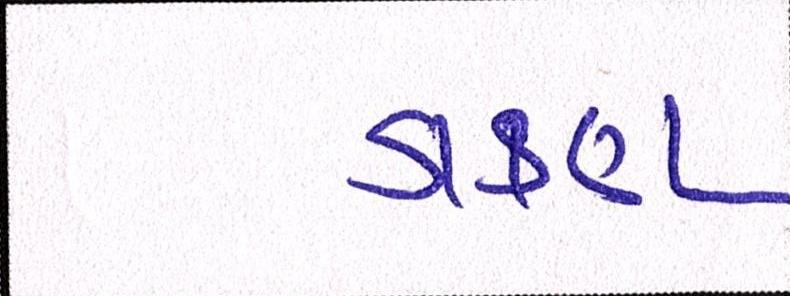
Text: ડાકણ